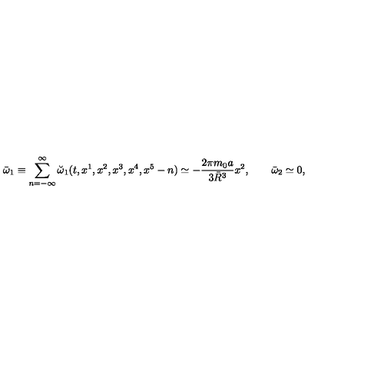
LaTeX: \bar { \omega } _ { 1 } \equiv \sum _ { n = - \infty } ^ { \infty } \breve { \omega } _ { 1 } ( t , x ^ { 1 } , x ^ { 2 } , x ^ { 3 } , x ^ { 4 } , x ^ { 5 } - n ) \simeq - { \frac { 2 \pi m _ { 0 } a } { 3 \bar { R } ^ { 3 } } } x ^ { 2 } , \qquad \bar { \omega } _ { 2 } \simeq 0 ,